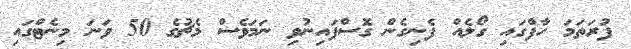
ފުރަތަމަ ހާފްގައި ގޯލެއް ފެނިގެން ގޮސްފައިނުވި ނަމަވެސް މެޗުގެ 50 ވަނަ މިނެޓްގައި